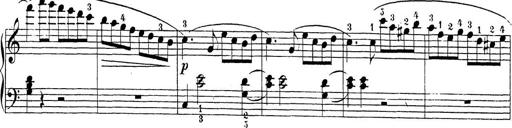
Title: Sonatina Album
Composer: Louis KÃ¶hler